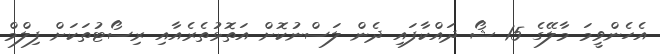
އެހެންވީމަ މާލޭގެ 15 ޝޯ ދައްކާފައި ދެން ލަސްނުކޮށް އަތޮޅުތެރެއާއި ރިސޯޓުތަކަށް ފިލްމް